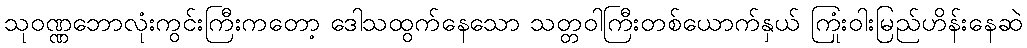
သုဝဏ္ဏဘောလုံးကွင်းကြီးကတော့ ဒေါသထွက်နေသော သတ္တဝါကြီးတစ်ယောက်နှယ် ကြုံးဝါးမြည်ဟိန်းနေဆဲ